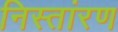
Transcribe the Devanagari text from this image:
निस्तांरण